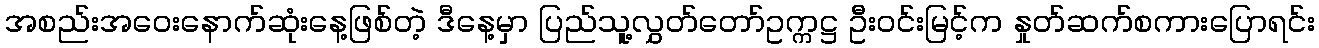
အစည်းအဝေးနောက်ဆုံးနေ့ဖြစ်တဲ့ ဒီနေ့မှာ ပြည်သူ့လွှတ်တော်ဥက္ကဋ္ဌ ဦးဝင်းမြင့်က နှုတ်ဆက်စကားပြောရင်း